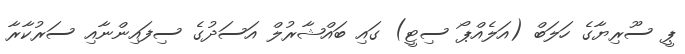
ޕީ ސޫރިޔާގެ ހަލަބް (އަލެއްޕޯ ސިޓީ) ގައި ބައްޝާރުލް އަސަދުގެ ސިފައިންނާއި ސަރުކާރާ